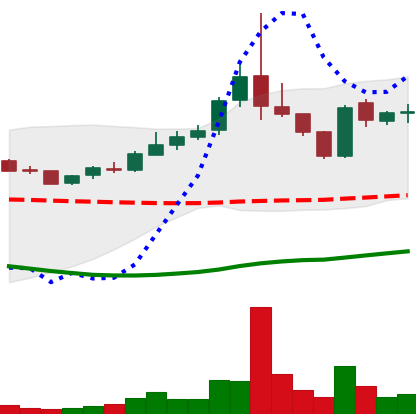
Ticker: TRX-USD
Chart end date: 2019-01-17
Forward return: 4.202%
Label: up_3_5